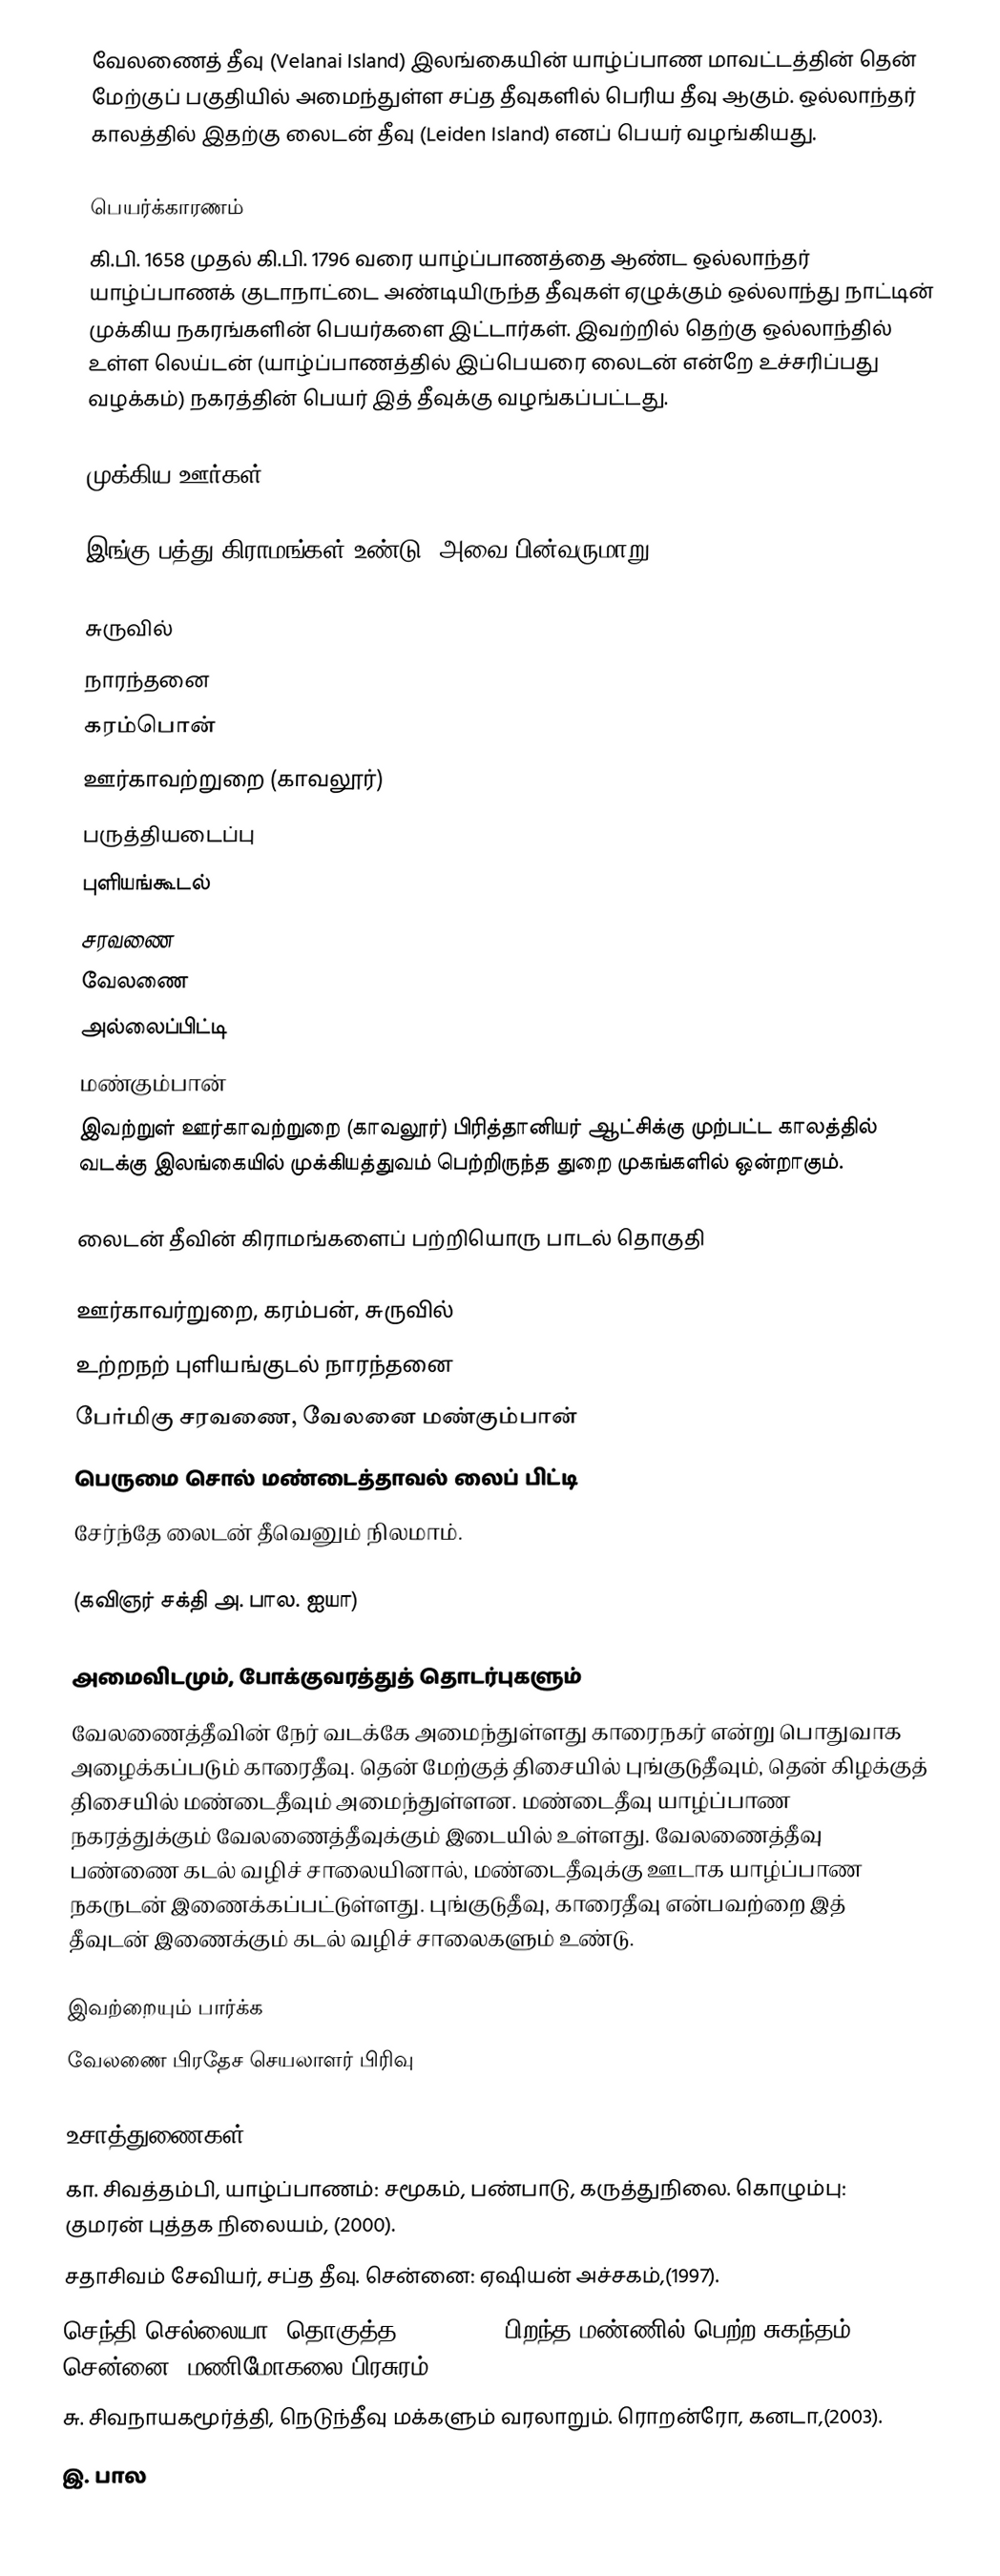
வேலணைத் தீவு (Velanai Island) இலங்கையின் யாழ்ப்பாண மாவட்டத்தின் தென் மேற்குப் பகுதியில் அமைந்துள்ள சப்த தீவுகளில் பெரிய தீவு ஆகும். ஒல்லாந்தர் காலத்தில் இதற்கு லைடன் தீவு (Leiden Island) எனப் பெயர் வழங்கியது.

பெயர்க்காரணம்
கி.பி. 1658 முதல் கி.பி. 1796 வரை யாழ்ப்பாணத்தை ஆண்ட ஒல்லாந்தர் யாழ்ப்பாணக் குடாநாட்டை அண்டியிருந்த தீவுகள் ஏழுக்கும் ஒல்லாந்து நாட்டின் முக்கிய நகரங்களின் பெயர்களை இட்டார்கள். இவற்றில் தெற்கு ஒல்லாந்தில் உள்ள லெய்டன் (யாழ்ப்பாணத்தில் இப்பெயரை லைடன் என்றே உச்சரிப்பது வழக்கம்) நகரத்தின் பெயர் இத் தீவுக்கு வழங்கப்பட்டது.

முக்கிய ஊர்கள்

இங்கு பத்து கிராமங்கள் உண்டு, அவை பின்வருமாறு:

 சுருவில்
 நாரந்தனை
 கரம்பொன்
 ஊர்காவற்றுறை (காவலூர்)
 பருத்தியடைப்பு
 புளியங்கூடல்
 சரவணை
 வேலணை
 அல்லைப்பிட்டி
 மண்கும்பான்
இவற்றுள் ஊர்காவற்றுறை (காவலூர்) பிரித்தானியர் ஆட்சிக்கு முற்பட்ட காலத்தில் வடக்கு இலங்கையில் முக்கியத்துவம் பெற்றிருந்த துறை முகங்களில் ஒன்றாகும்.

லைடன் தீவின் கிராமங்களைப் பற்றியொரு பாடல் தொகுதி

ஊர்காவர்றுறை, கரம்பன், சுருவில்
உற்றநற் புளியங்குடல் நாரந்தனை
பேர்மிகு சரவணை, வேலனை மண்கும்பான்
பெருமை சொல் மண்டைத்தாவல் லைப் பிட்டி
சேர்ந்தே லைடன் தீவெனும் நிலமாம்.

(கவிஞர் சக்தி அ. பால. ஐயா)

அமைவிடமும், போக்குவரத்துத் தொடர்புகளும்
வேலணைத்தீவின் நேர் வடக்கே அமைந்துள்ளது காரைநகர் என்று பொதுவாக அழைக்கப்படும் காரைதீவு. தென் மேற்குத் திசையில் புங்குடுதீவும், தென் கிழக்குத் திசையில் மண்டைதீவும் அமைந்துள்ளன. மண்டைதீவு யாழ்ப்பாண நகரத்துக்கும் வேலணைத்தீவுக்கும் இடையில் உள்ளது. வேலணைத்தீவு பண்ணை கடல் வழிச் சாலையினால், மண்டைதீவுக்கு ஊடாக யாழ்ப்பாண நகருடன் இணைக்கப்பட்டுள்ளது. புங்குடுதீவு, காரைதீவு என்பவற்றை இத் தீவுடன் இணைக்கும் கடல் வழிச் சாலைகளும் உண்டு.

இவற்றையும் பார்க்க
 வேலணை பிரதேச செயலாளர் பிரிவு

உசாத்துணைகள்
 கா. சிவத்தம்பி, யாழ்ப்பாணம்: சமூகம், பண்பாடு, கருத்துநிலை. கொழும்பு: குமரன் புத்தக நிலையம், (2000).
 சதாசிவம் சேவியர், சப்த தீவு. சென்னை: ஏஷியன் அச்சகம்,(1997).
 செந்தி செல்லையா (தொகுத்த.). (2001). பிறந்த மண்ணில் பெற்ற சுகந்தம். சென்னை: மணிமோகலை பிரசுரம்.
 சு. சிவநாயகமூர்த்தி, நெடுந்தீவு மக்களும் வரலாறும். ரொறன்ரோ, கனடா,(2003).
 இ. பால